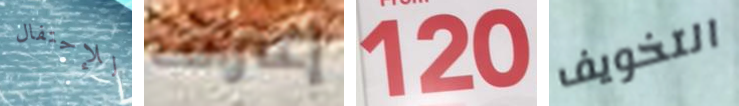
للإحتفال إعتراف 120 التخويف